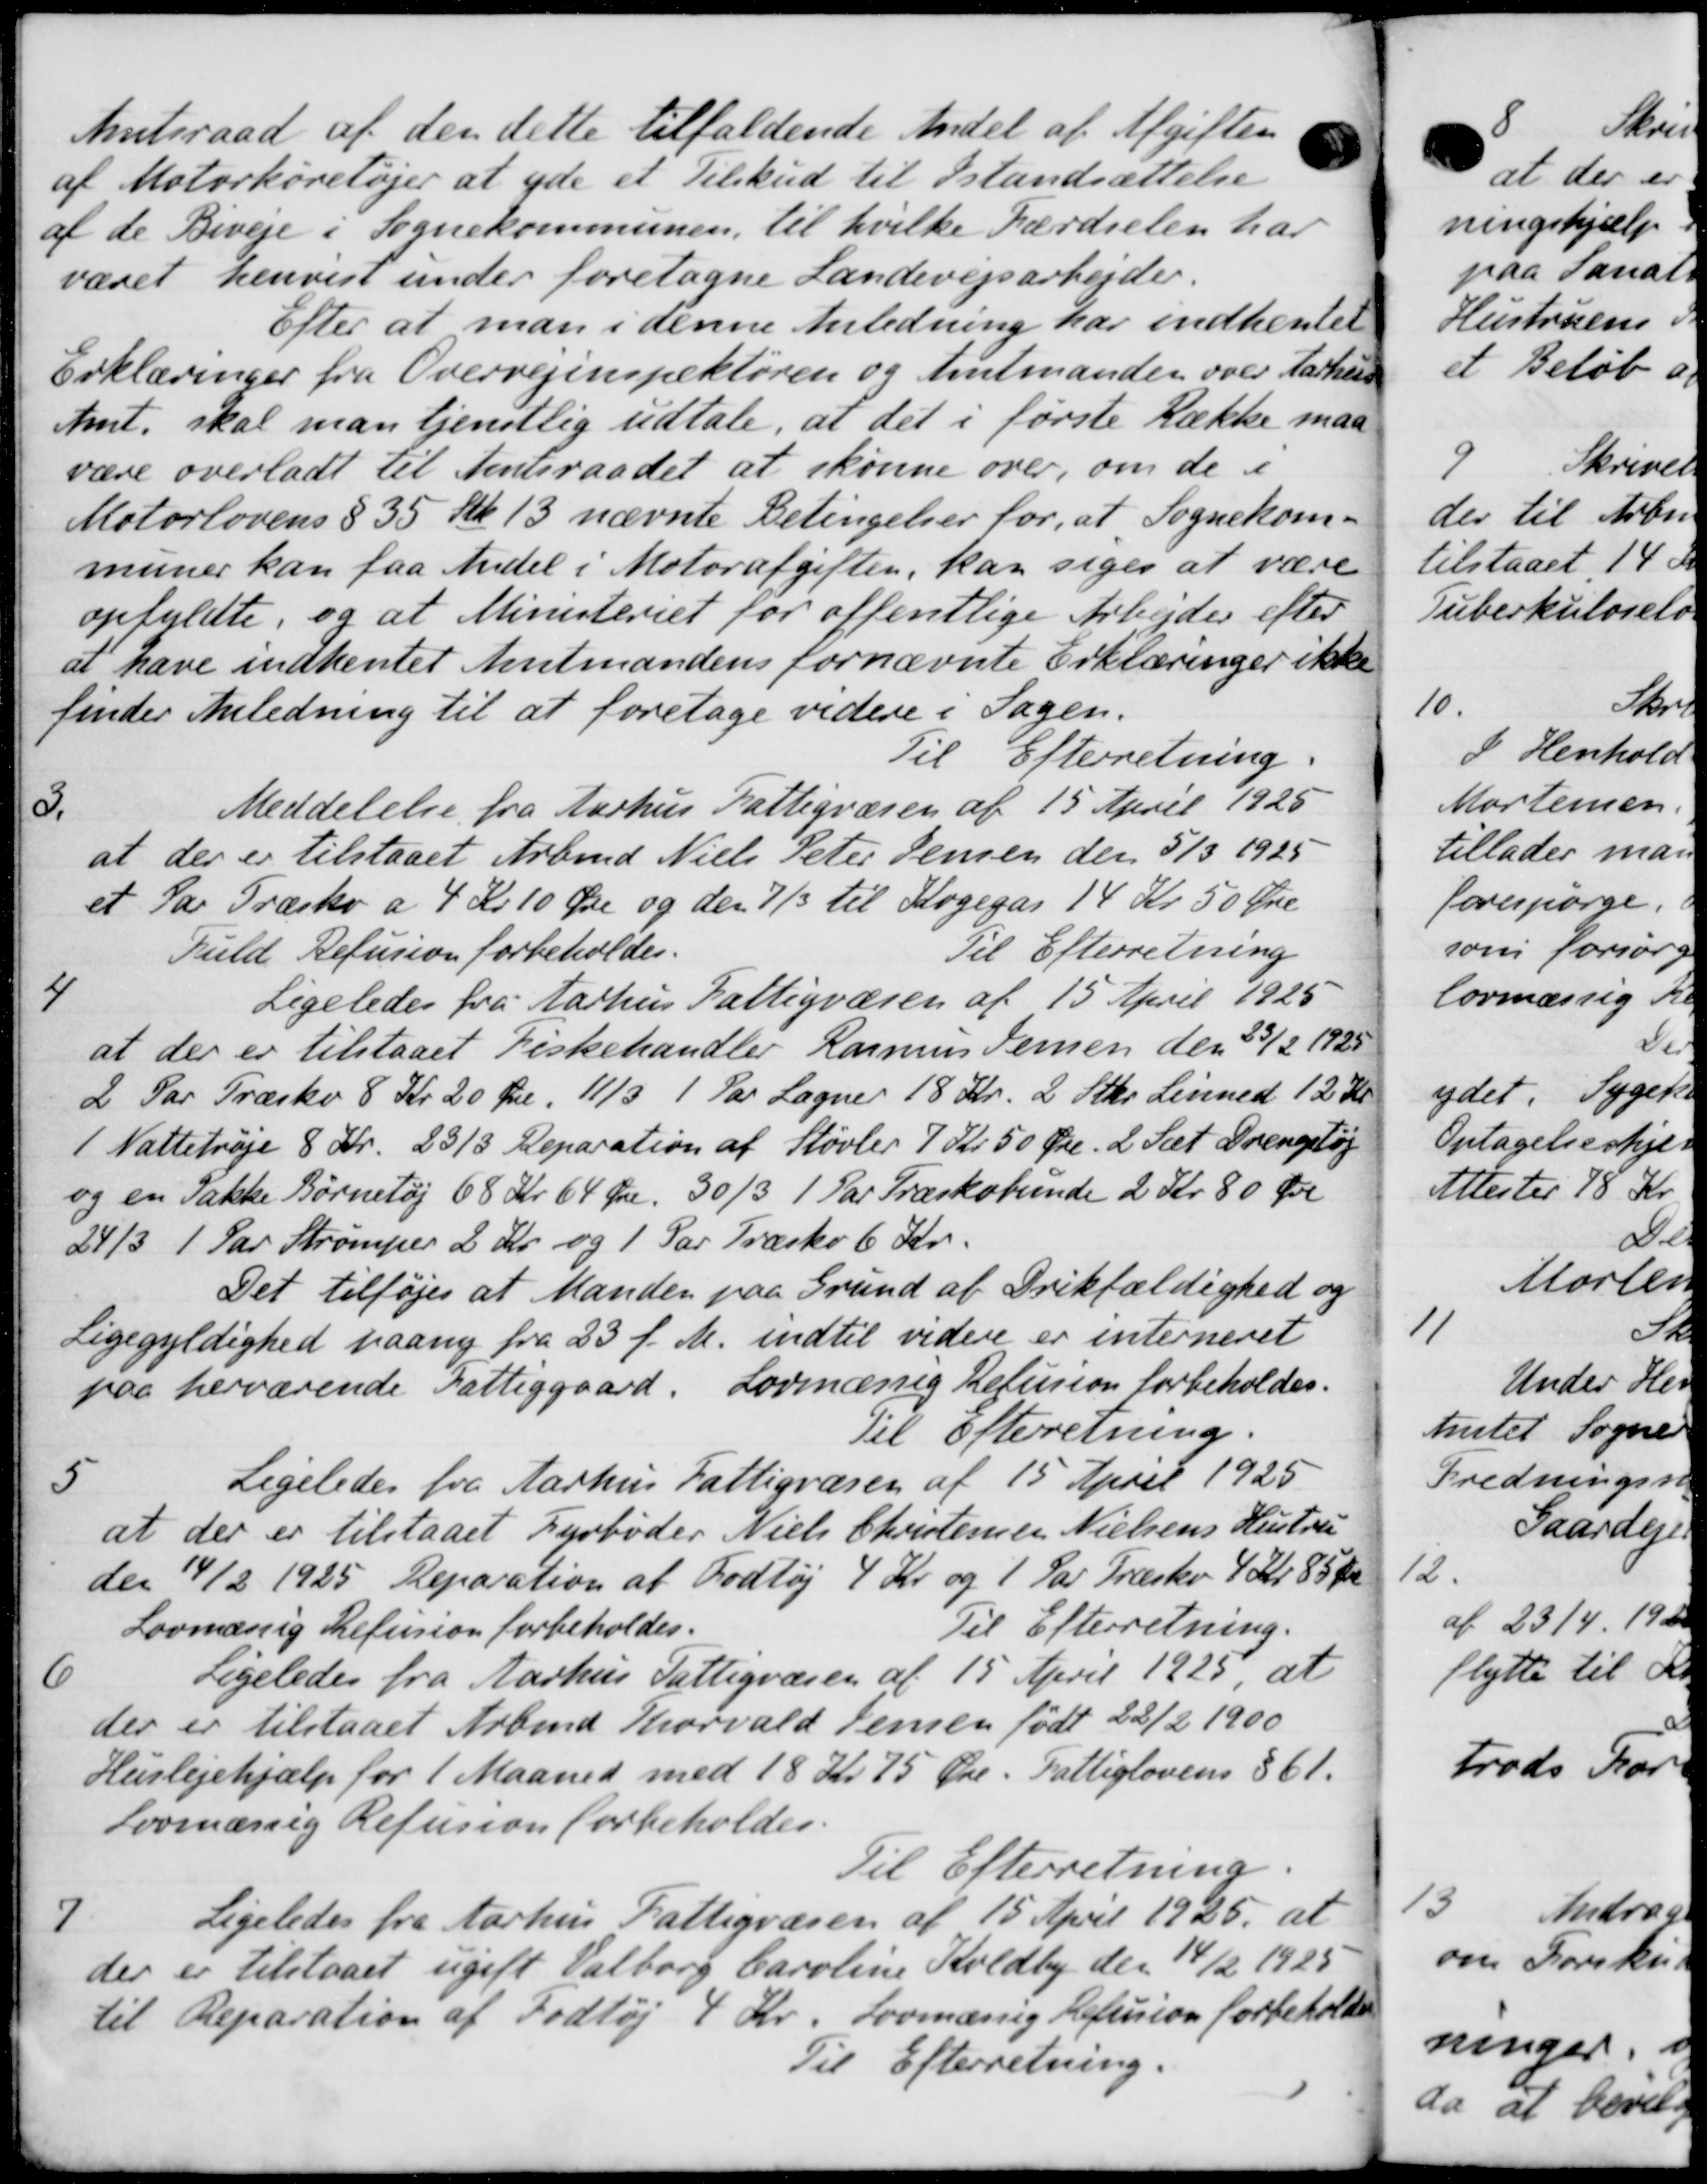
Transskription:
Amtsraad af den dette tilfældende Andel af Afgiften
af Motorkøretøjer at yde et Tilskud til Istandsættelse
af de Biveje i Sognekommunen til hvilke Færdselen har
været henvist under foretagne Landevejsarbejder.
Efter at man i denne Anledning har indhentet
Erklæringer fra Overvejinspektøren og Amtmanden over Aarhus
Amt, skal man tjenstlig udtale, at det i første Række maa
være overladt til Amtsraadet at skønne over, om de i
Motorlovens § 35 Stk 13 nævnte Betingelser for, at Sognekom-
muner kan faa Andel i Motorafgiften, kan siges at være
opfyldte, og at Ministeriet for offentlige Arbejder efter
at have indhentet Amtmandens fornævnte Erklæringer ikke
finder Anledning til at foretage videre i Sagen.
Til Efterretning.
5.
Meddelelse fra Aarhus Fattigvæsen af 15 April 1925
at der er tilstaaet Arbmd Niels Peter Jensen den 5/3 1925
et Par Træsko a 4 Kr 10 Øre og den 7/3 til Kogegår 14 Kr. 50 Øre
Fuld Refusion forbeholdes.
Til Efterretning
4
Ligeledes fra Aarhus Fattigvæsen af 15 April 1925
at der er tilstaaet Fiskehandler Rasmus Jensen den 23/2 1925
2 Par Træsko 8 Kr 20 Øre, 11/3 1 Par Lagne 18 Kr. 2 Stkr. Lenned 12 Kr
1 Nattetrøje 8 Kr. 23/3 Reparation af Støvler 7 Kr. 50 Øre. 2 Sæt Drengetøj
og en Takke Børnetøj 68 Kr 64 Øre 30/3 1 Par Træskobunde 2 Kr. 80 Øre
24/3 1 Par Strømper 2 Kr og 1 Par Træsko 6 Kr.
Det tilføjes at Manden paa Grund af Drikfældighed og
Ligegyldighed paany fra 23 f. M. indtil videre er interneret
paa herværende Fattiggaard. Lovmæssig Refusion forbeholdes.
Til Efterretning.
5
Ligeledes fra Aarhus Fattigvæsen af 15 April 1925
at der er tilstaaet Fyrbøder Niels Christensen Nielsens Hustru
den 14/2 1925 Reparation af Fodtøj 4 Kr. og 1 Par Træske 4 Kr. 85 Øre
Lovmæssig Refusion forbeholdes.
Til Efterretning.
6
Ligeledes fra Aarhus Fattigvæsen af 15 April 1925, at
der er tilstaaet Arbmd. Thorvald Jensen født 22/2 1900
Huslejehjælp for 1 Maaned med 18 Kr. 75 Øre. Fattiglovens § 61.
Lovmæssig Refusion forbeholdes.
Til Efterretning.
7
Ligeledes fra Aarhus Fattigvæsen af 15 April 1925, at
der er tilstaaet ugift Valborg Caroline Koldby den 14/2 1925
til Reparation af Fodtøj 4 Kr. Lovmæssig Refusion forbeholder
Til Efterretning.